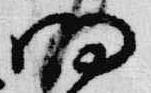
明